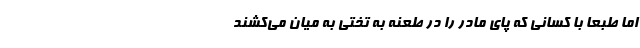
اما طبعا با کسانی که پای مادر را در طعنه به تختی به میان می‌کشند